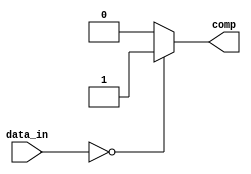
module comparador1(
    input [9:0] data_in,
    output reg comp
    );
    always @(data_in)
        if (data_in == 0)
            comp = 1;
        else
            comp = 0;
endmodule